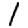
Digit: 1